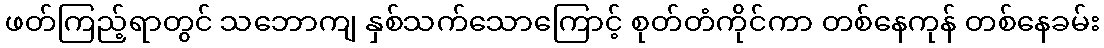
ဖတ်ကြည့်ရာတွင် သဘောကျ နှစ်သက်သောကြောင့် စုတ်တံကိုင်ကာ တစ်နေကုန် တစ်နေခမ်း